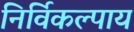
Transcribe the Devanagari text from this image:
निर्विकल्पाय